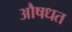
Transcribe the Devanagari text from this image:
औषधत